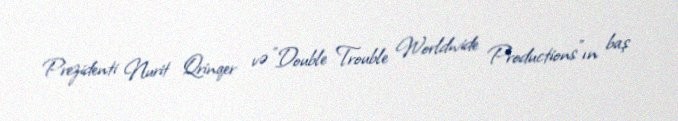
Prezidenti Nurit Qrinqer və "Double Trouble Worldwide Productions"ın baş